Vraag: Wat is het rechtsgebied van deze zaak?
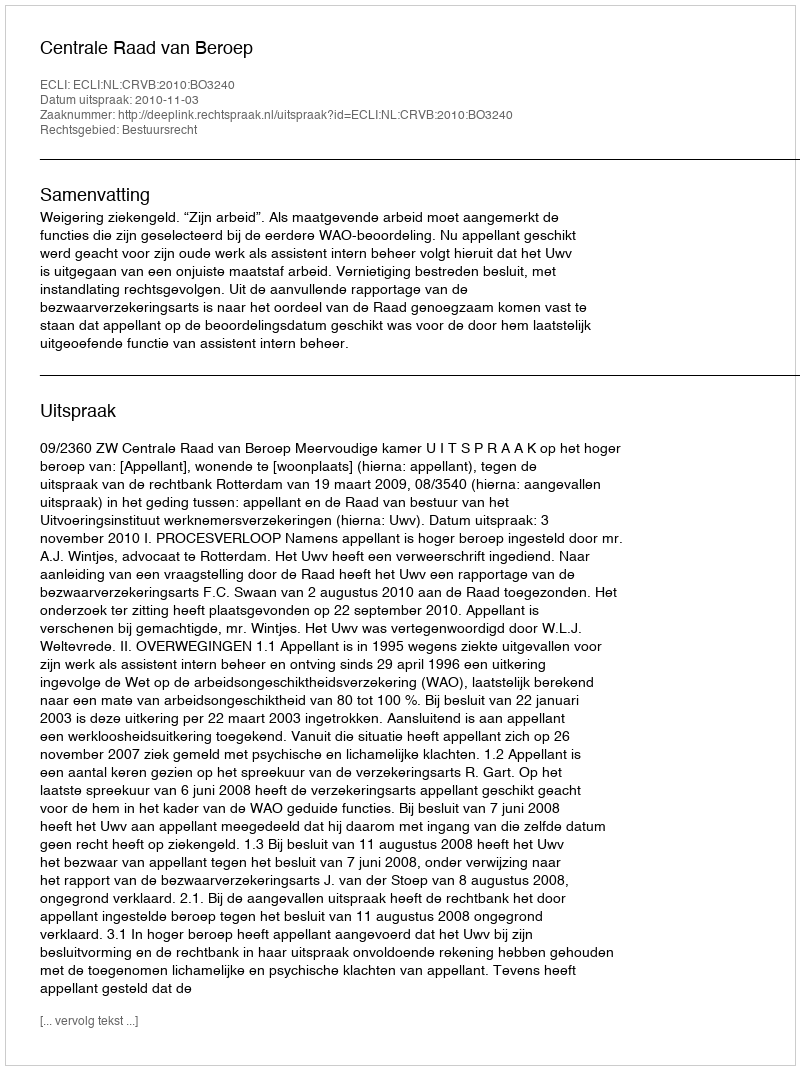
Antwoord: Bestuursrecht